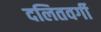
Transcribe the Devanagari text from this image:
दलितवर्गी